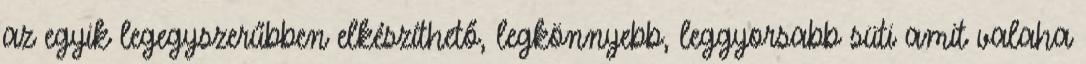
az egyik legegyszerűbben elkészíthető, legkönnyebb, leggyorsabb süti amit valaha